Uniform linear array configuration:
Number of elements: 32
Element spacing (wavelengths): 1
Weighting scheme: exponential
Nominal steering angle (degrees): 0
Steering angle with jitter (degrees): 1.908
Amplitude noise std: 0.05
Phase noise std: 0.05

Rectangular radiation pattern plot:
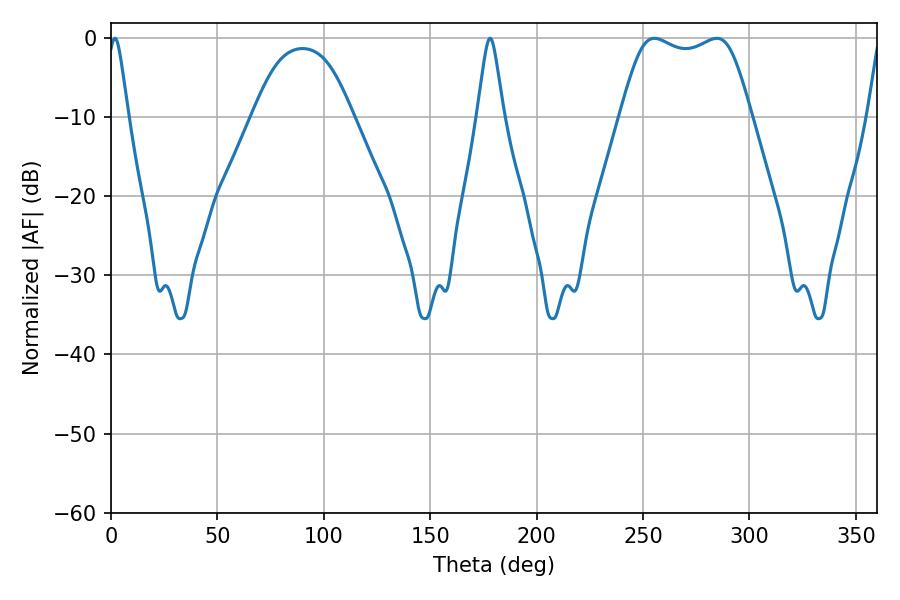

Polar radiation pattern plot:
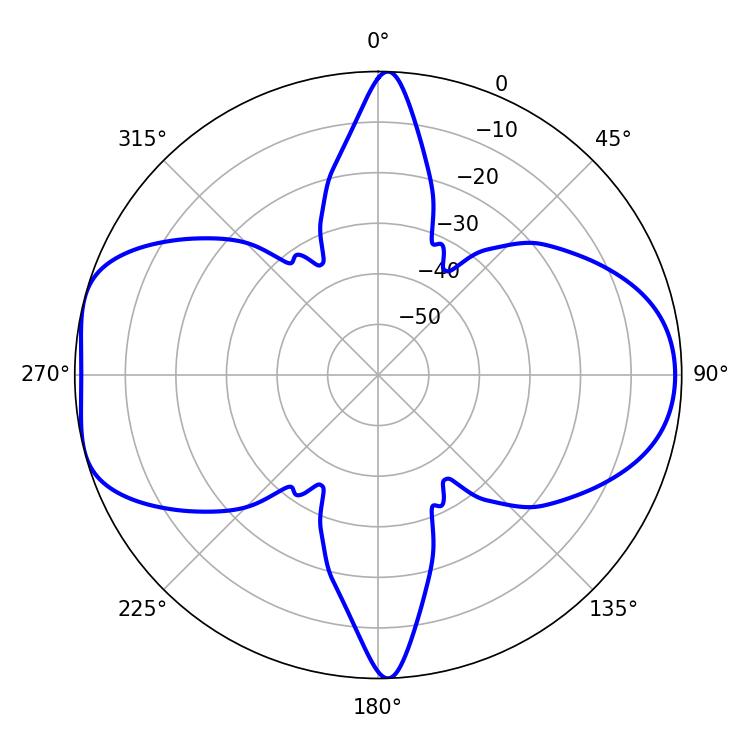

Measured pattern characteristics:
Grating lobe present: TRUE
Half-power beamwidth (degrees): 47.16
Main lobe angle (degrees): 255.42